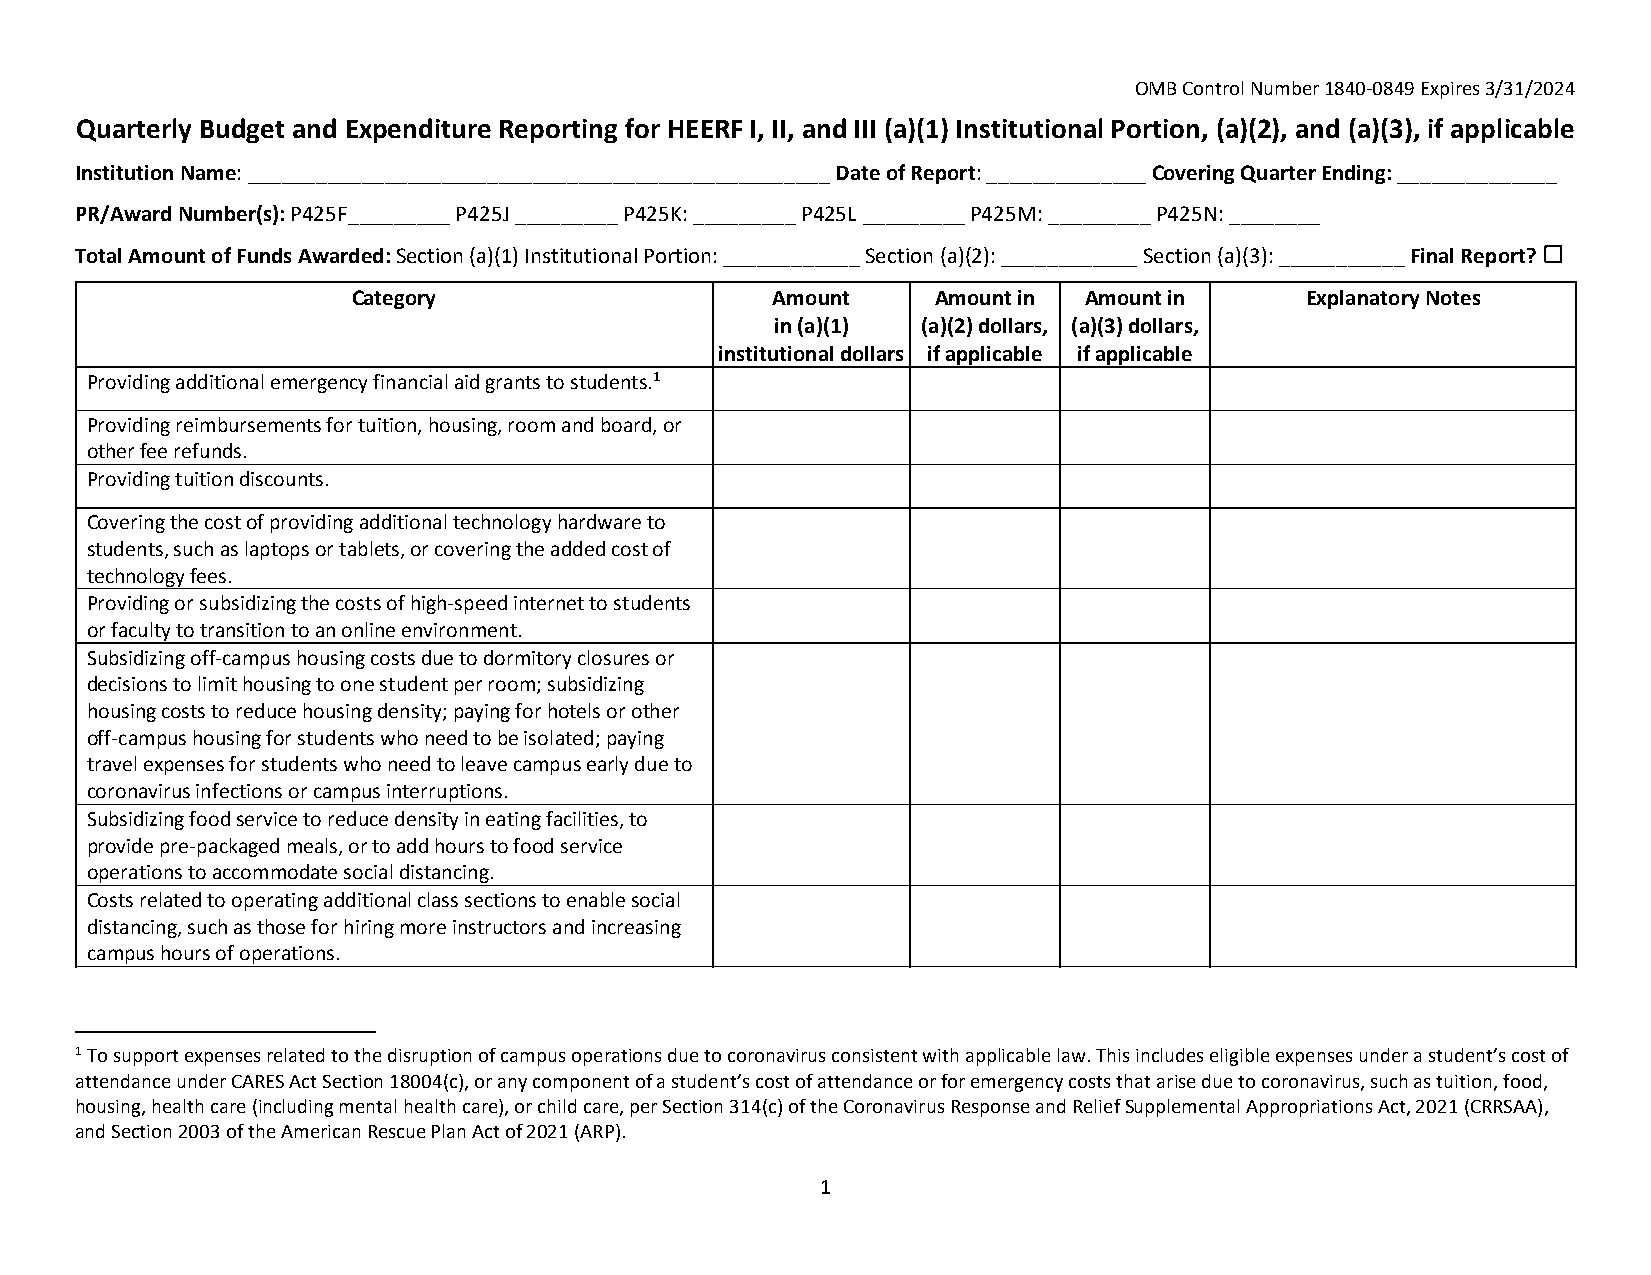
OMB Control Number 1840‐0849 Expires 3/31/2024
 Quarterly Budget and Expenditure Reporting for HEERF I, II, and III (a)(1) Institutional Portion, (a)(2), and (a)(3), if applicable
 Institution Name: ___________________________________________________ Date of Report: ______________ Covering Quarter Ending: ______________
 PR/Award Number(s): P425F_________ P425J _________ P425K: _________ P425L _________ P425M: _________ P425N: ________
 Total Amount of Funds Awarded: Section (a)(1) Institutional Portion: ____________ Section (a)(2): ____________ Section (a)(3): ___________ Final Report? ☐
 Category                    Amount     Amount in Amount in     Explanatory Notes
 in (a)(1) (a)(2) dollars, (a)(3) dollars,
 institutional dollars if applicable if applicable
 Providing additional emergency financial aid grants to students.1
 Providing reimbursements for tuition, housing, room and board, or
 other fee refunds.
 Providing tuition discounts.
 Covering the cost of providing additional technologyhardwareto
 students, such as laptops or tablets, or covering the added cost of
 technology fees.
 Providing or subsidizing the costs of high‐speed internet to students
 or faculty to transition to an online environment.
 Subsidizing off‐campus housing costs due to dormitoryclosures or
 decisions to limit housing to one student per room; subsidizing
 housing costs to reduce housing density; paying for hotels or other
 off‐campus housing for students who need to be isolated; paying
 travel expenses for students who need to leave campus early due to
 coronavirus infections or campus interruptions.
 Subsidizing food service to reduce density in eating facilities, to
 provide pre‐packaged meals, or to add hours to food service
 operations to accommodate social distancing.
 Costs related to operating additional class sections to enable social
 distancing, such as those for hiring more instructors and increasing
 campus hours of operations.
 1 To support expenses related to the disruption of campus operations due to coronavirus consistent with applicable law. This includes eligible expenses under a student’s cost of
 attendance under CARES Act Section 18004(c), or any component of a student’s cost of attendance or for emergency costs that arise due to coronavirus, such as tuition, food,
 housing, health care (including mental health care), or child care, per Section 314(c) of the Coronavirus Response and Relief Supplemental Appropriations Act, 2021 (CRRSAA),
 and Section 2003 of the American Rescue Plan Act of 2021 (ARP).
 1